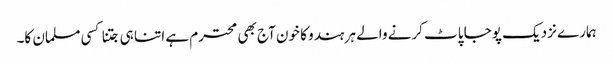
ہمارے نزدیک پوجا پاٹ کرنے والے ہر ہندو کا خون آج بھی محترم ہے اتنا ہی جتنا کسی مسلمان کا۔